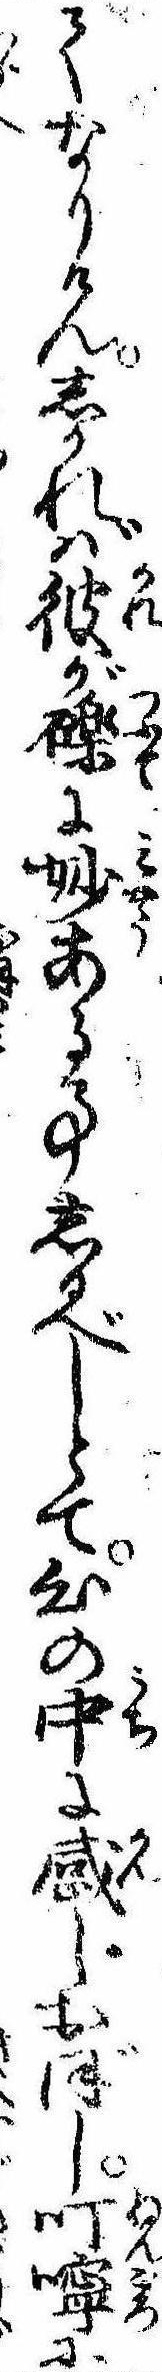
てなりけんしかれば彼が礫に妙ある事しるべしとて心の中に感じおぼし叮嚀に